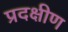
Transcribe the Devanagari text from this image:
प्रदक्षीण